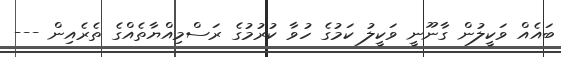
ބައެއް ވަކީލުން ގާނޫނީ ވަކީލު ކަމުގެ ހުވާ ކުރުމުގެ ރަސްމިއްޔާތެއްގެ ތެރެއިން ---